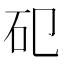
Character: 𥐗